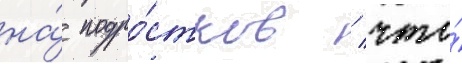
на́ подро́стков / что́